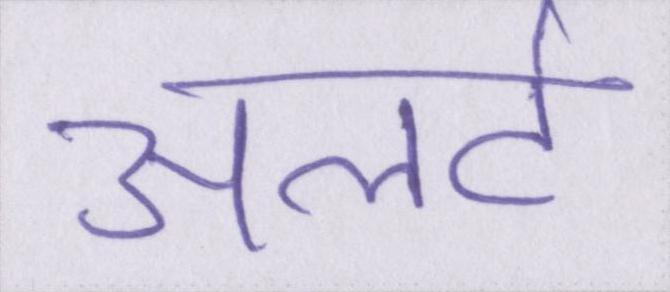
अलर्ट